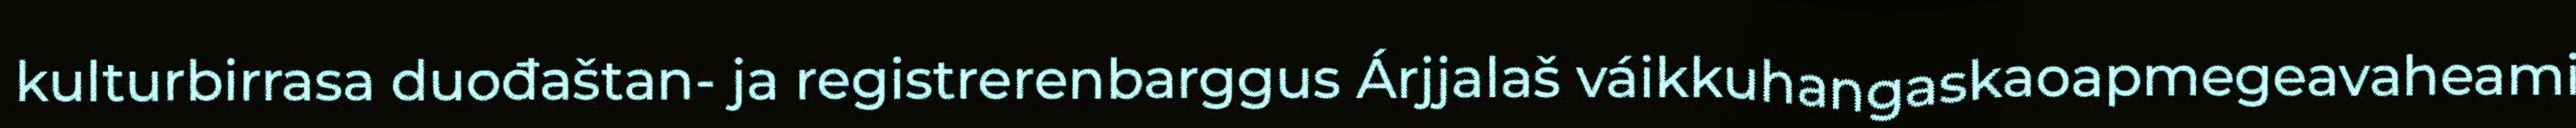
kulturbirrasa duođaštan- ja registrerenbarggus Árjjalaš váikkuhangaskaoapmegeavaheami